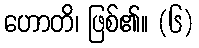
ဟောတိ၊ ဖြစ်၏။ (၆)